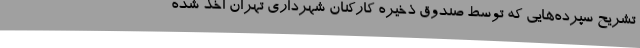
تشریح سپرده‌هایی که توسط صندوق ذخیره کارکنان شهرداری تهران اخذ شده